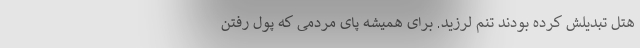
هتل تبدیلش کرده بودند تنم لرزید. برای همیشه پای مردمی که پول رفتن